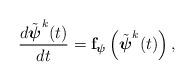
LaTeX: \begin{align*}\frac{d \tilde{\boldsymbol{\psi}}^k(t)}{dt} = \mathbf{f}_{ \boldsymbol{\psi}}\left(\tilde{\boldsymbol{\psi}}^k(t)\right),\end{align*}